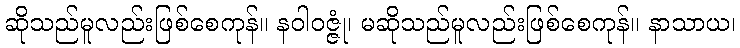
ဆိုသည်မူလည်းဖြစ်စေကုန်။ နဝါဝဇ္ဇုံ၊ မဆိုသည်မူလည်းဖြစ်စေကုန်။ နာသာယ၊